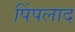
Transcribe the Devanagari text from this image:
पिंपलाद